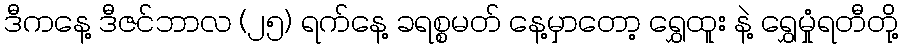
ဒီကနေ့ ဒီဇင်ဘာလ (၂၅) ရက်နေ့ ခရစ္စမတ် နေ့မှာတော့ ရွှေထူး နဲ့ ရွှေမှုံရတီတို့